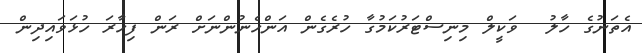
އެތަނުގެ ހާލު  ވަކީލް މިނިސްޓަރުކަމުގާ ހުރެގެން އަންހެނުންނަށް ރަން ފިހާރަ ހުޅަވައިދިން